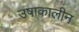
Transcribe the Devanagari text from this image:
उषाकालीन